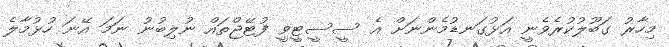
މިހާރު ގަބޫލުކުރެވެނީ އަޅުގަނޑުމެންނަށް އެ ސީސީޓީވީ ފުޓޭޖްތައް ނުލިބުނު ނަމަ އޭނަ ހުޅުމާލެ